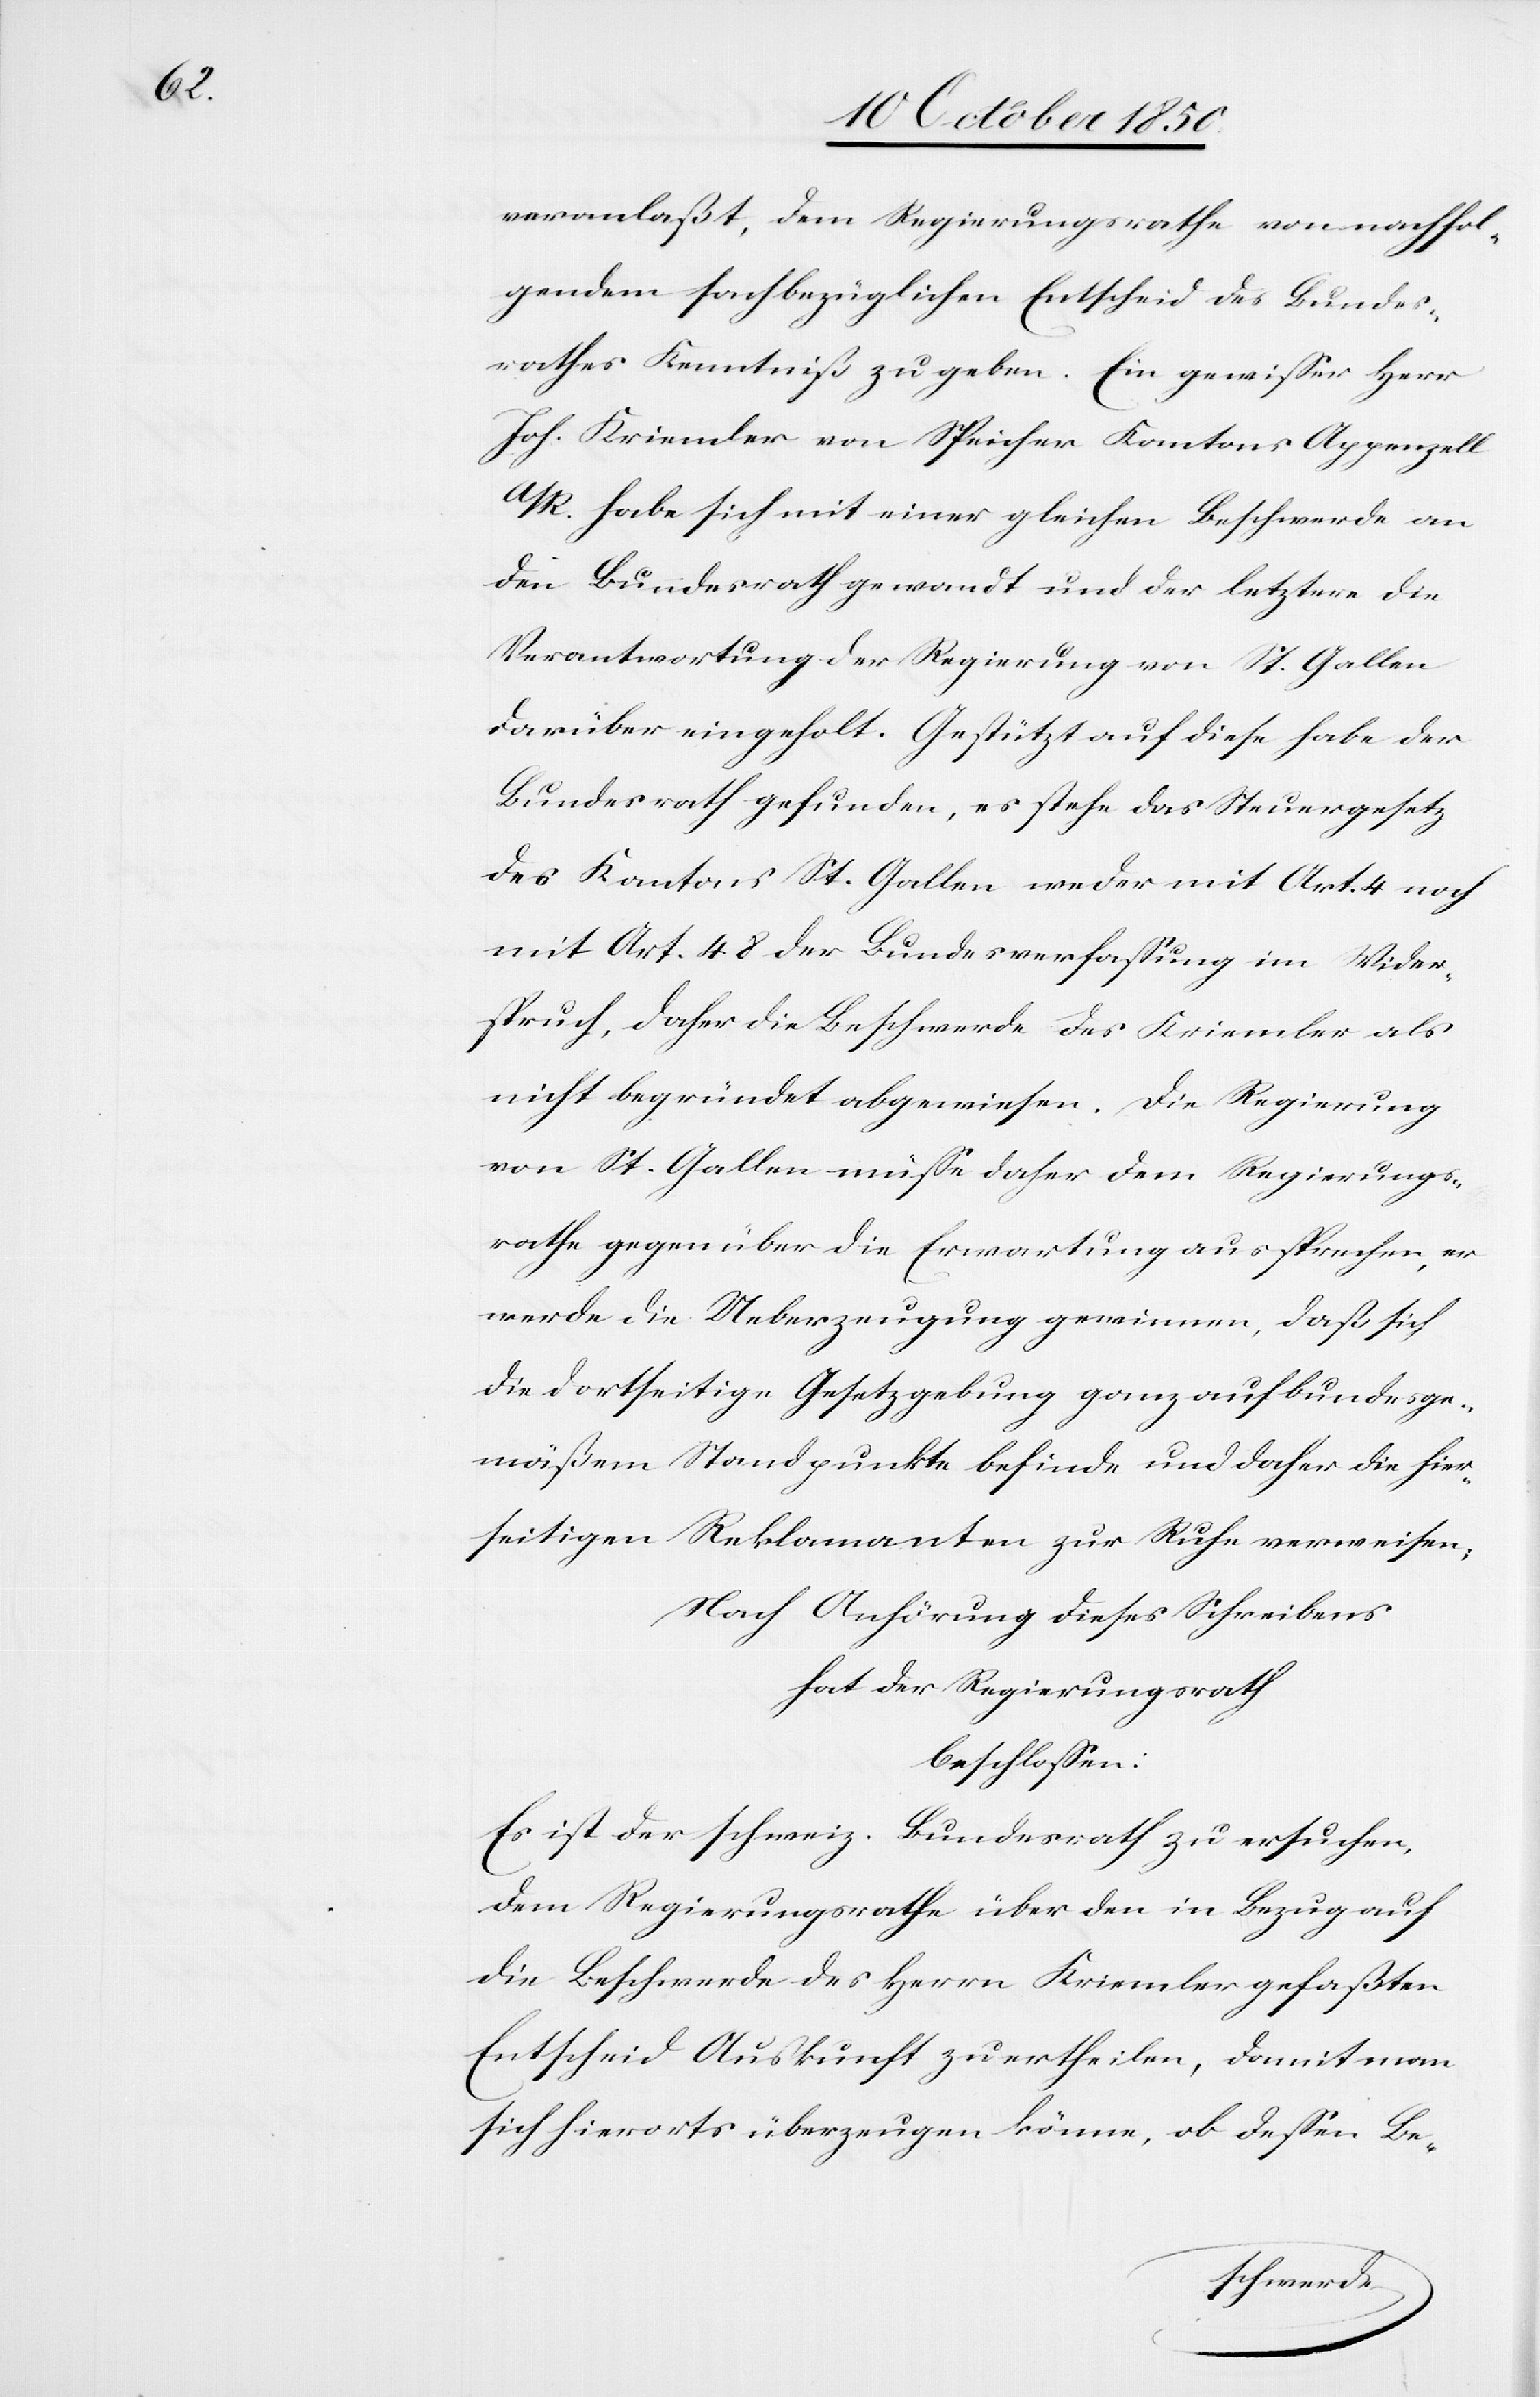
veranlaßt, dem Regierungsrathe von nachfol¬
gendem sachbezüglichen Entscheid des Bundes¬
rathes Kenntniß zu geben. Ein gewisser Herr
Joh. Kriemler von Speicher Kantons Appenzell
A/R. habe sich mit einer gleichen Beschwerde an
den Bundesrath gewandt und der letztere die
Verantwortung der Regierung von St. Gallen
darüber eingeholt. Gestützt auf diese habe der
Bundesrath gefunden, es stehe das Steuergesetz
des Kantons St. Gallen weder mit Art. 4 noch
mit Art. 48 der Bundesverfassung im Wider¬
spruch, daher die Beschwerde des Kriemler als
nicht begründet abgewiesen. Die Regierung
von St. Gallen müsse daher dem Regierungs¬
rathe gegenüber die Erwartung aussprechen, er
werde die Ueberzeugung gewinnen, daß sich
die dortseitige Gesetzgebung ganz auf bundesge¬
mäßem Standpunkte befinde und daher die hier¬
seitigen Reklamanten zur Ruhe verweisen;
Nach Anhörung dieses Schreibens
hat der Regierungsrath
beschlossen:
Es ist der schweiz. Bundesrath zu ersuchen,
dem Regierungsrathe über den in Bezug auf
die Beschwerde des Herrn Kriemler gefaßten
Entscheid Auskunft zu ertheilen, damit man
sich hierorts überzeugen könne, ob dessen Be-